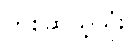
တစ်ဆယ့်သုံး။